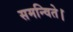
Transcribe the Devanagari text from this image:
समन्विते।